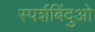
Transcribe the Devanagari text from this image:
स्पर्शबिंदुओ